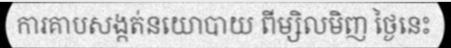
ការគាបសង្កត់នយោបាយ ពីម្សិលមិញ ថ្ងៃនេះ